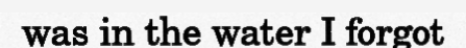
was in the water I forgot